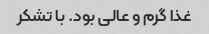
غذا گرم و عالی بود. با تشکر